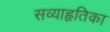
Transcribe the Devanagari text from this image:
सव्याहृतिका